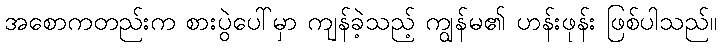
အစောကတည်းက စားပွဲပေါ်မှာ ကျန်ခဲ့သည့် ကျွန်မ၏ ဟန်းဖုန်း ဖြစ်ပါသည်။